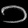
Digit: ၁